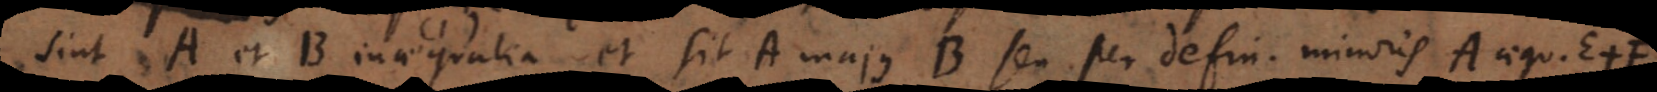
Sint A et B inaequalia et sit A majus B seu per defin. minoris A aequ. E